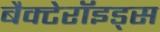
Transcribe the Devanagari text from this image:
बैक्टेरॉइड्स